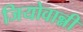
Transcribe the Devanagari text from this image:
जियोवान्नी